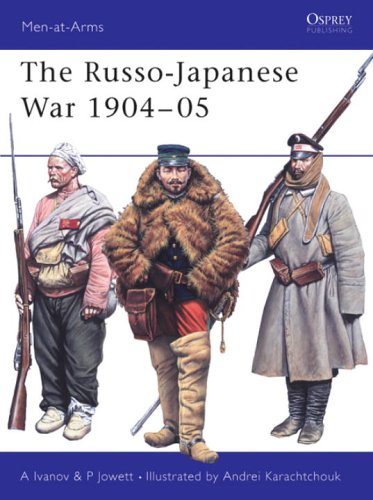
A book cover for The Russo-Japanese War 1904-05 (Men-at-Arms); Alexei Ivanov; History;